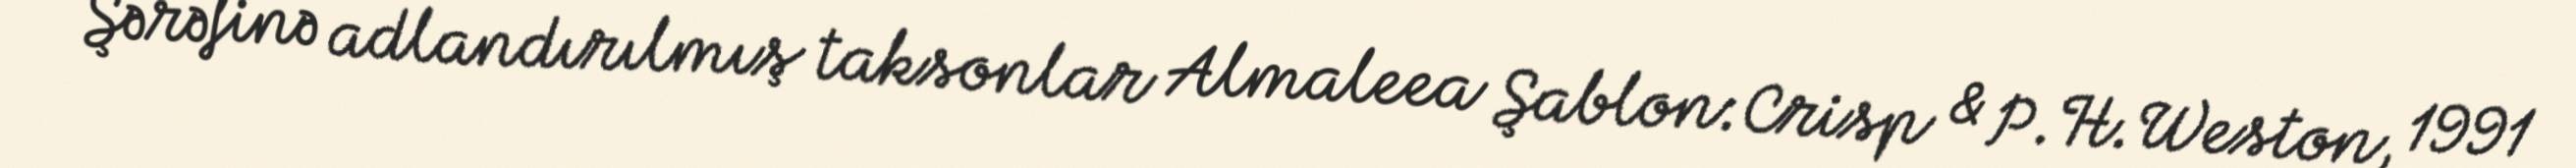
Şərəfinə adlandırılmış taksonlar Almaleea Şablon:Crisp & P.H.Weston, 1991